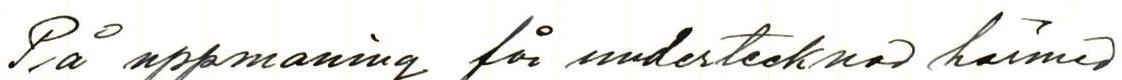
På uppmanig får undertecknad härmed